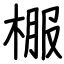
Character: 棴